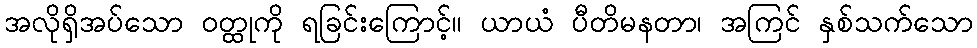
အလိုရှိအပ်သော ဝတ္ထုကို ရခြင်းကြောင့်။ ယာယံ ပီတိမနတာ၊ အကြင် နှစ်သက်သော